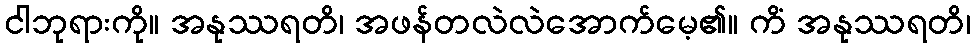
ငါဘုရားကို။ အနုဿရတိ၊ အဖန်တလဲလဲအောက်မေ့၏။ ကိံ အနုဿရတိ၊